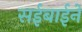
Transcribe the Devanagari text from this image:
सईबाईने